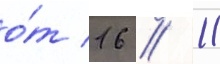
о́т 16 // 11